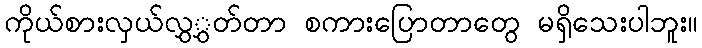
ကိုယ်စားလှယ်လွှွှတ်တာ စကားပြောတာတွေ မရှိသေးပါဘူး။